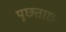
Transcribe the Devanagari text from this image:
पूछ्ताछ